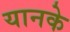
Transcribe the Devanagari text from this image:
यानके